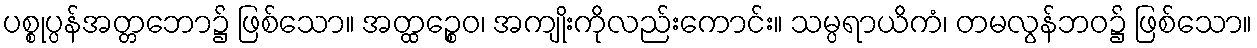
ပစ္စုပ္ပန်အတ္တဘော၌ ဖြစ်သော။ အတ္ထဉ္စေဝ၊ အကျိုးကိုလည်းကောင်း။ သမ္ပရာယိကံ၊ တမလွန်ဘဝ၌ ဖြစ်သော။